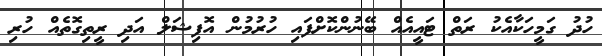
ހުދު ގަމީހަކާއެކު ރަތް ޓައީއެއް ބޭނުންކޮށްފައި ހުރުމުން އޮފިޝަލް އަދި ރީތިގޮތެއް ހުރި